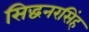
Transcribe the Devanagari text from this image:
सिद्धनरसिंह